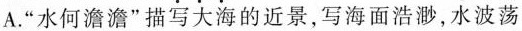
A.“水何澹澹”描写大海的近景，与海面浩渺，水波荡